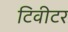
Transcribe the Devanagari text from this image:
टिवीटर